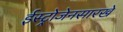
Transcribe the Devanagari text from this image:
ईस्ट्रोजेनसारखे